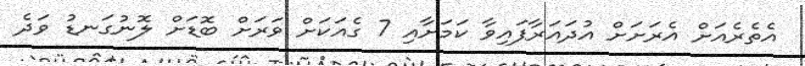
އެތެރެއަށް އެރަށަށް އުދައަރާފައިވާ ކަމަށާއި 7 ގެއަކަށް ވަރަށް ބޮޑަށް ލޮނުގަނޑު ވަދެ